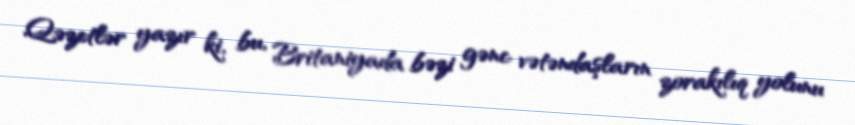
Qəzetlər yazır ki, bu, Britaniyada bəzi gənc vətəndaşların zorakılıq yolunu